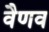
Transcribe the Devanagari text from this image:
वैणव